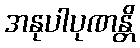
အနုပါပုဏန္တိ